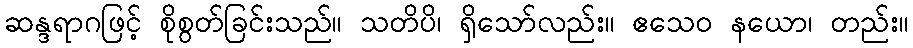
ဆန္ဒရာဂဖြင့် စိုစွတ်ခြင်းသည်။ သတိပိ၊ ရှိသော်လည်း။ ဧသေဝ နယော၊ တည်း။